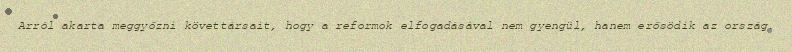
Arról akarta meggyőzni követtársait, hogy a reformok elfogadásával nem gyengül, hanem erősödik az ország.